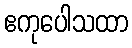
ဧကုပေါသထာ